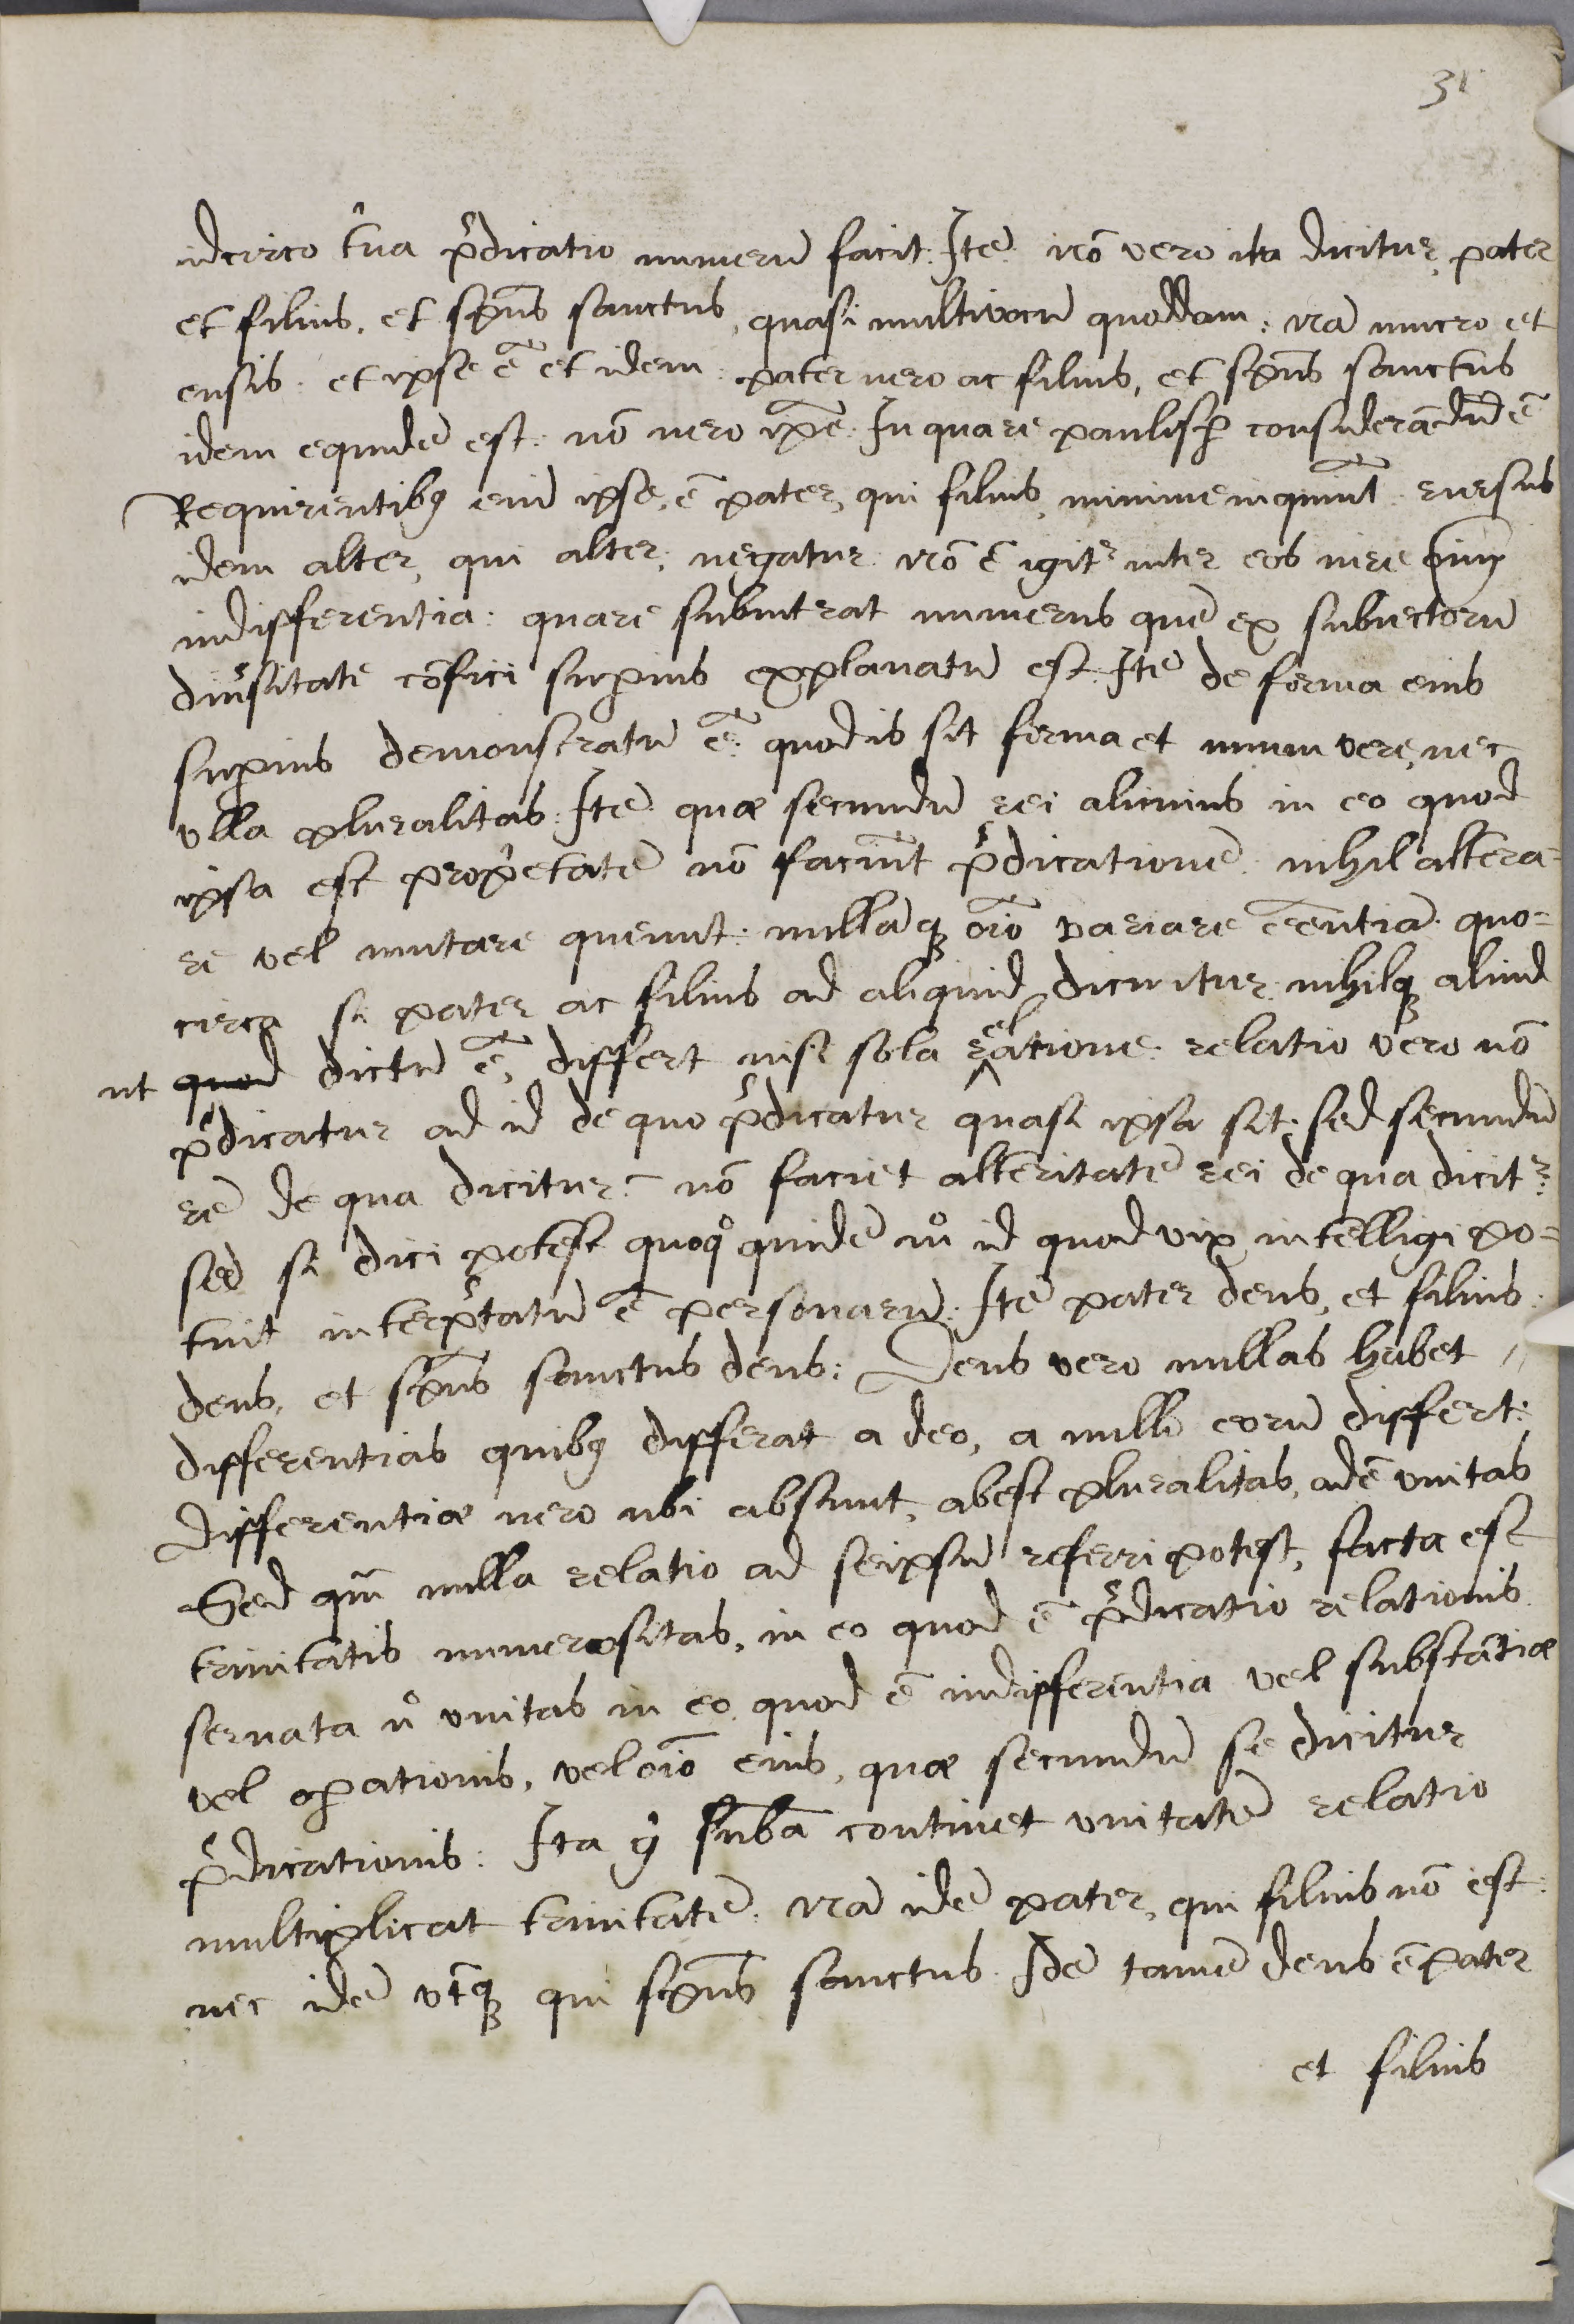
Shelfmark: Cambridge, Corpus Christi College, MS 165
Century: 16